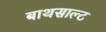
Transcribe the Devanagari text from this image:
बाथसाल्ट